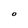
Character: O